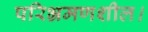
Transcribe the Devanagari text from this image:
परिभ्रमणशील।